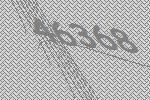
46368